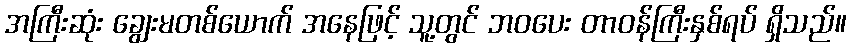
အကြီးဆုံး ချွေးမတစ်ယောက် အနေဖြင့် သူ့တွင် ဘဝပေး တာဝန်ကြီးနှစ်ရပ် ရှိသည်။